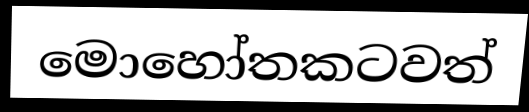
මොහෝතකටවත්